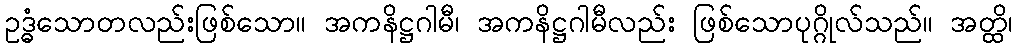
ဥဒ္ဓံသောတလည်းဖြစ်သော။ အကနိဋ္ဌဂါမီ၊ အကနိဋ္ဌဂါမီလည်း ဖြစ်သောပုဂ္ဂိုလ်သည်။ အတ္ထိ၊